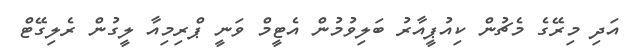
އަދި މިރޭގެ މެޗުން ކިއުޕީއާރު ބަލިވުމުން އެޓީމް ވަނީ ޕްރިމިއާ ލީގުން ރެލިގޭޓް